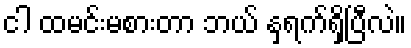
ငါ ထမင်းမစားတာ ဘယ် နှရက်ရှိပြီလဲ။